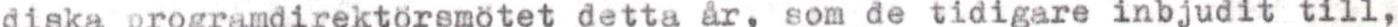
diska programdirektörsmötet detta år, som de tidigare inbjudit till,